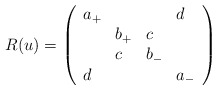
\begin{align*}R(u)=\left(\begin{array}{llll}a_{+}&&&d\\&b_{+}&c&\\&c&b_{-}&\\d&&&a_{-}\end{array}\right)\end{align*}